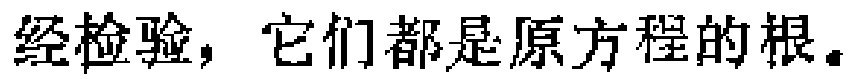
经检验，它们都是原方程的根。